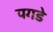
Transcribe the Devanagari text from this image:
पगडे